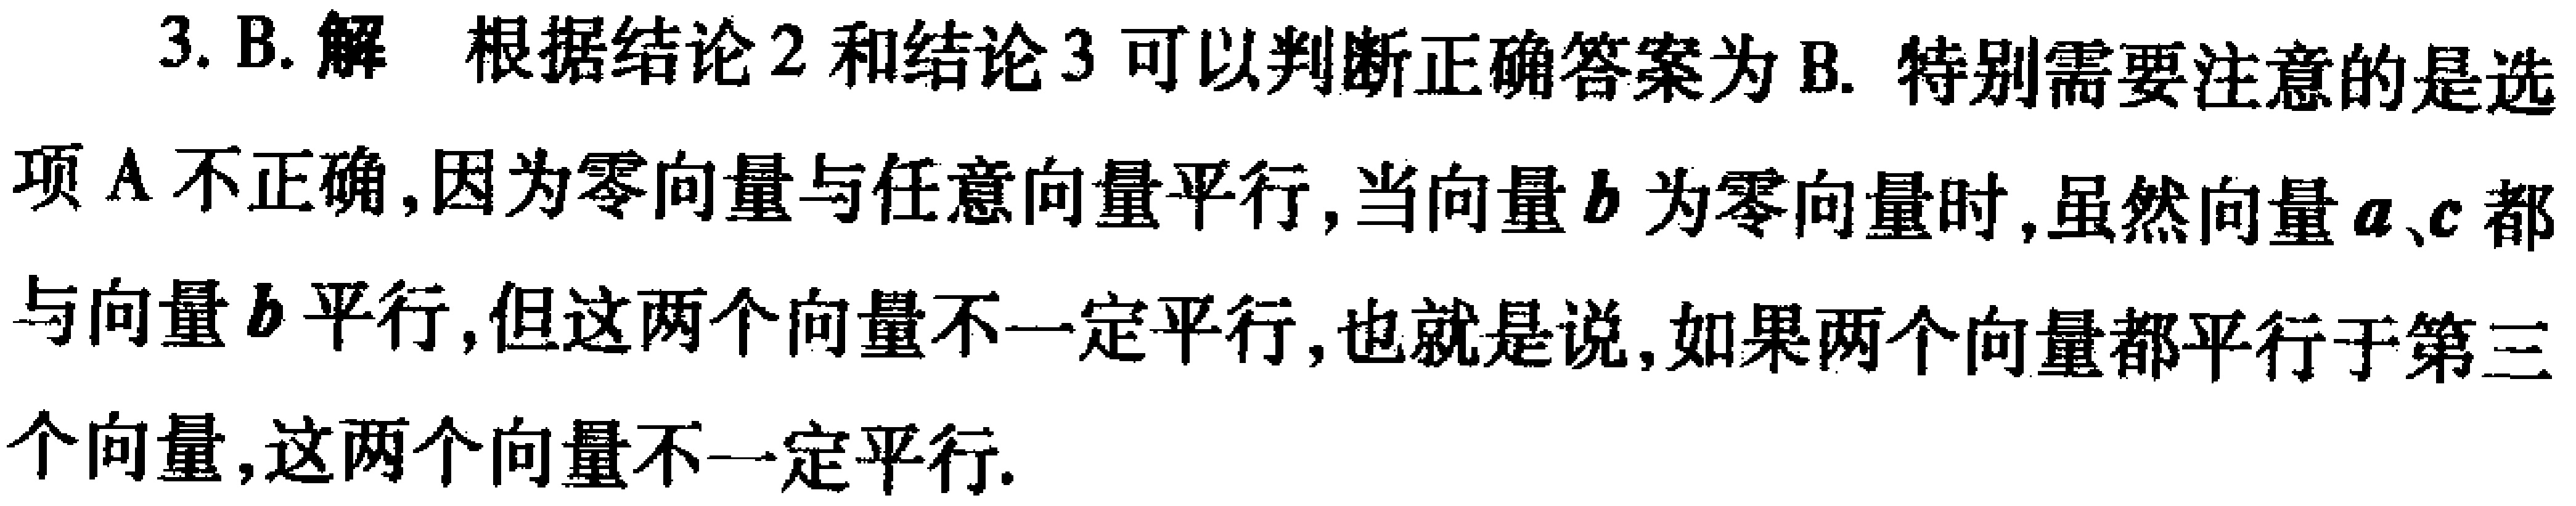
3. B. 解 根据结论2和结论3可以判断正确答案为B. 特别需要注意的是选项A不正确,因为零向量与任意向量平行,当向量\(b\)为零向量时,虽然向量\(a、c\)都与向量\(b\)平行,但这两个向量不一定平行,也就是说,如果两个向量都平行于第三个向量,这两个向量不一定平行.